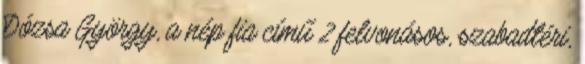
Dózsa György, a nép fia című 2 felvonásos, szabadtéri,